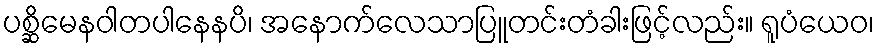
ပစ္ဆိမေနဝါတပါနေနပိ၊ အနောက်လေသာပြူတင်းတံခါးဖြင့်လည်း။ ရူပံယေဝ၊